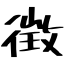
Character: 徴